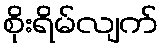
စိုးရိမ်လျက်